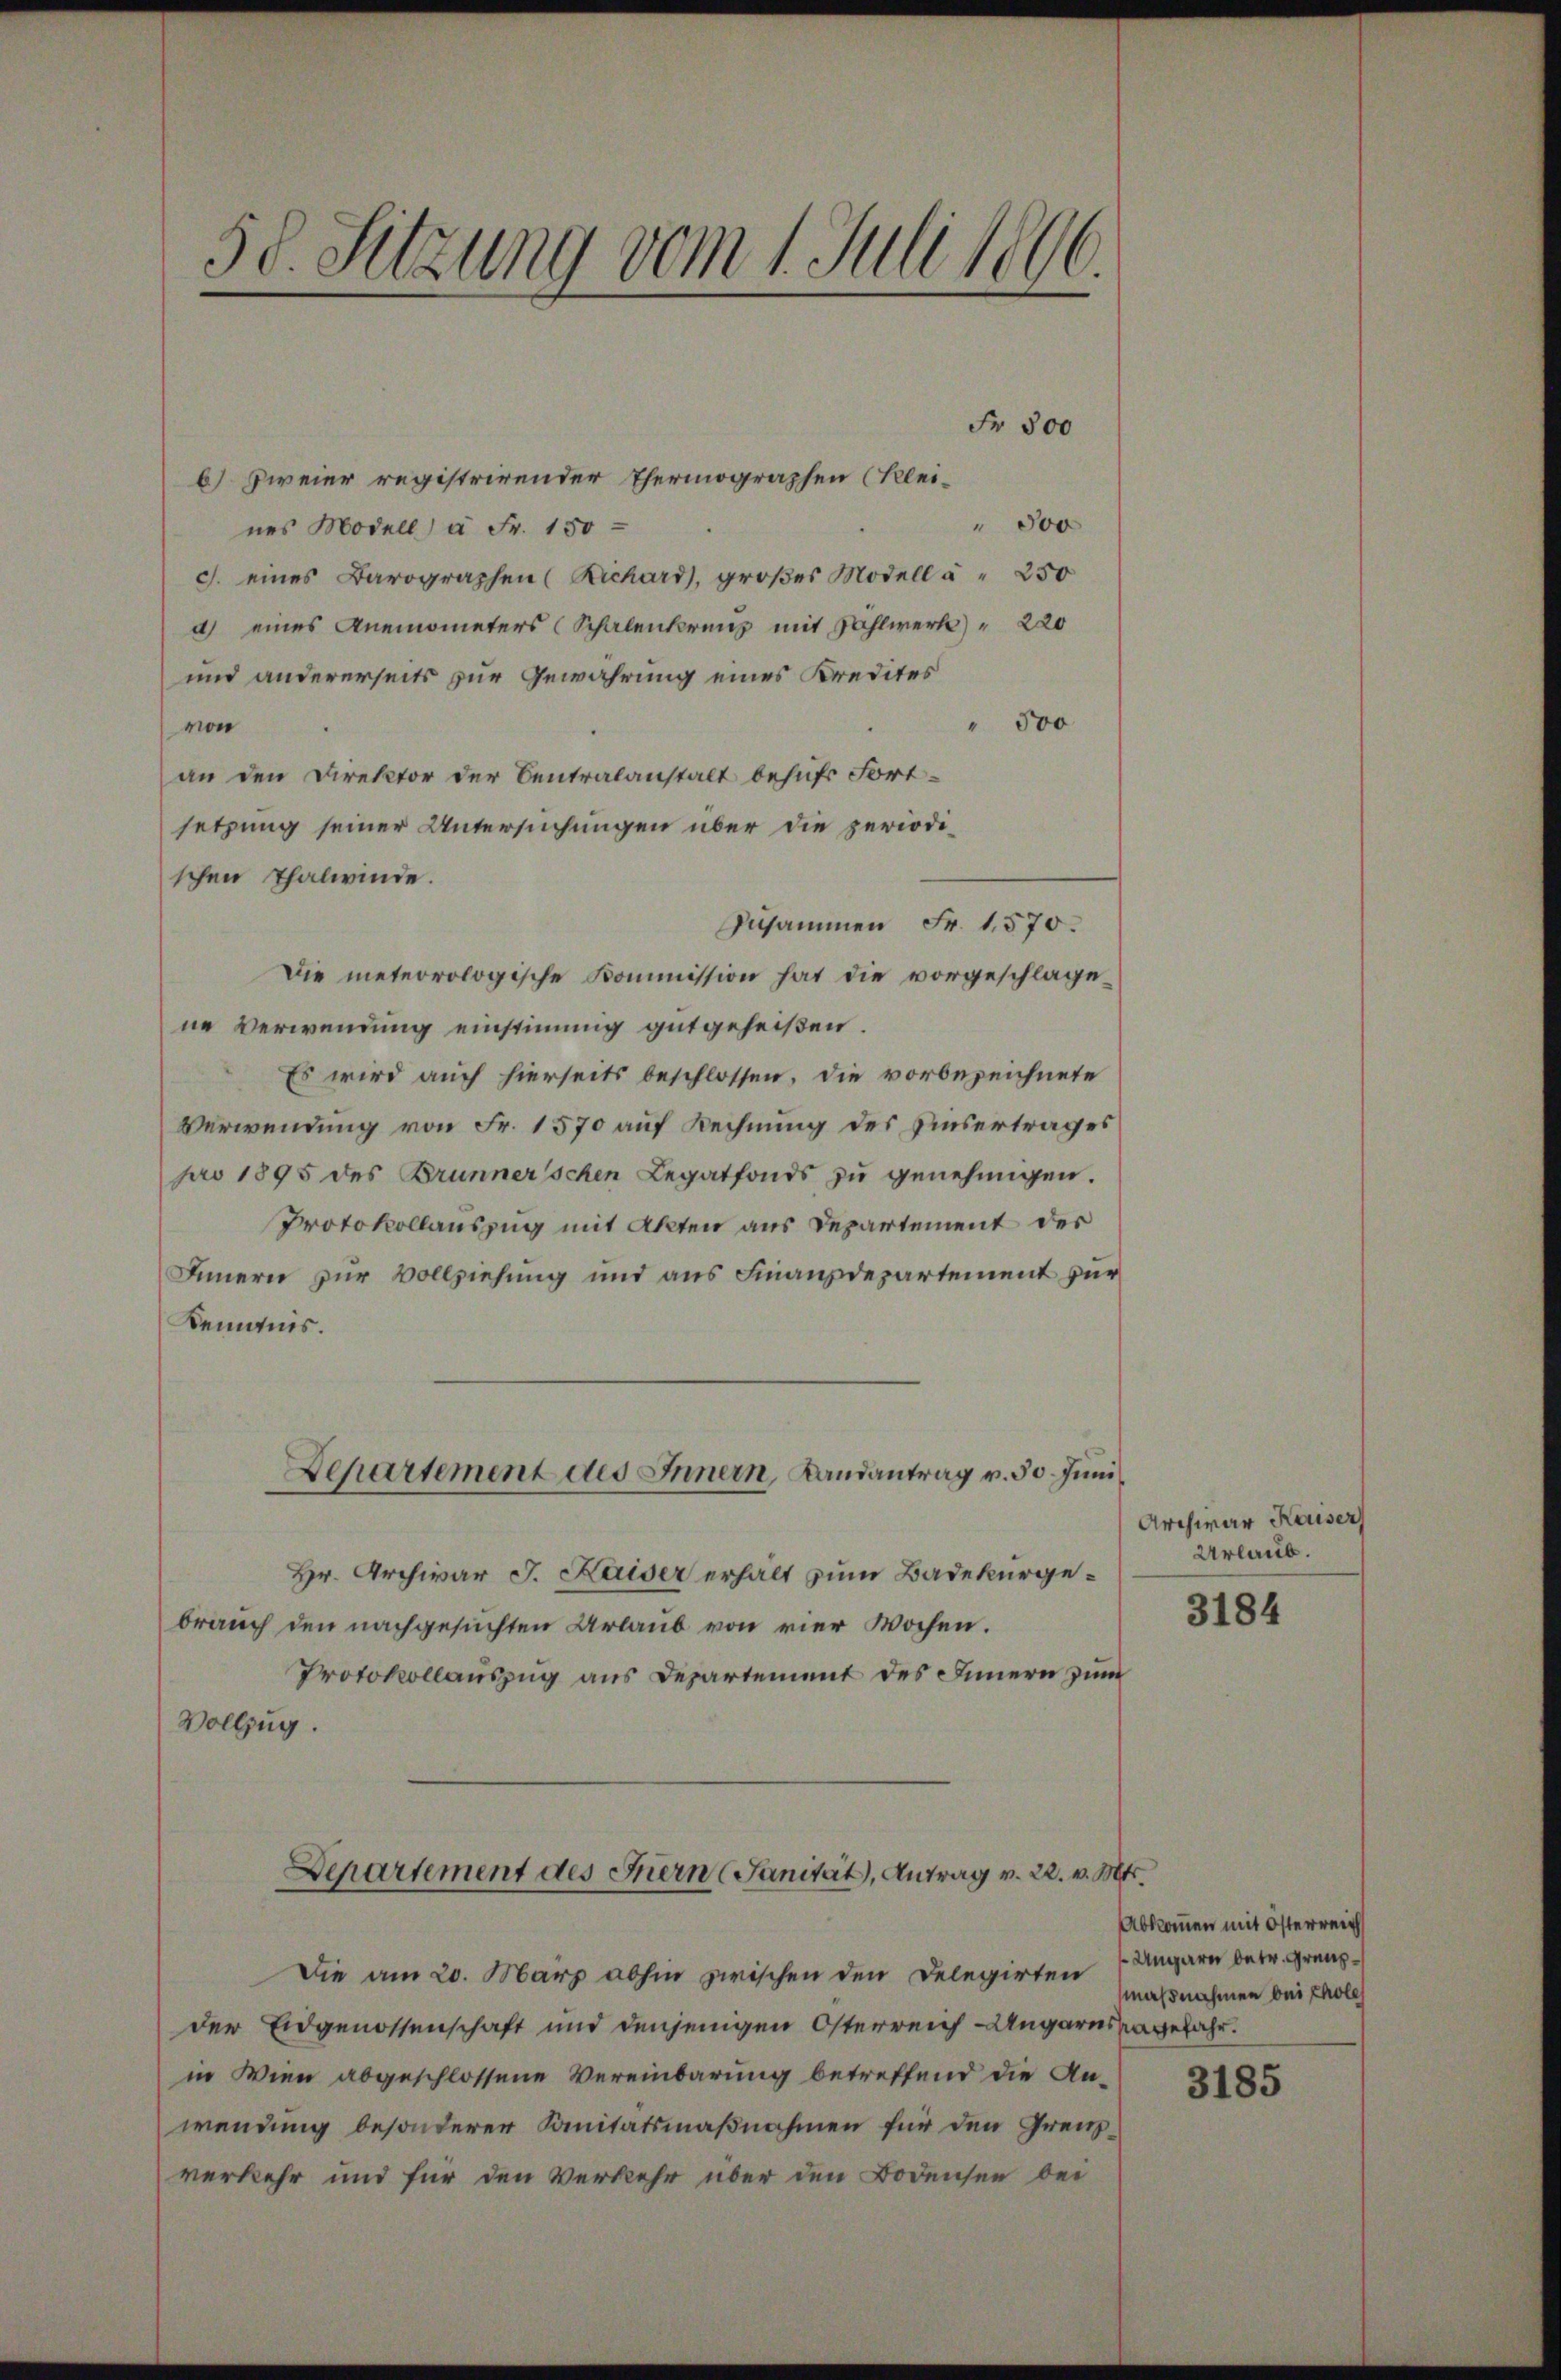
58. Sitzung vom 1. Juli 1896.

Fr. 500
6) zweier registrirender Thermographen (Klei-
" 300
nes Modell à Fr. 150
c. eines Barographen (Richard, großes Modell à " 250
d) eines Anemometers (Schalenkreuz mit Zählwerk " 220
und andererseits zur Gewährung eines Kredites
" 500
von
an den Direktor der Centralanstalt behufs Fort-
setzung seiner Untersuchungen über die periodi-
schen Thalwinde.
Zusammen Fr. 1570.
Die meteorologische Kommission hat die vorgeschlage-
ne Verwendung einstimmig gutgeheißen.
Es wird auch hierseits beschlossen, die vorbezeichnete
Verwendung von Fr. 1570 auf Rechnung des Ausertrages
pro 1895 des Brunnerschen Legatfonds zu genehmigen.
Protokollauszug mit Akten aus Departement des
Innern zur Vollziehung und aus Finanzdepartement zur
Kemnis.
Departement des Innern, Landantrag v. 30. Juni
Hr. Archivar J. Kaiser erhält zum Badekurgebrauch den nachgesuchten Urlaub von vier Wochen.
Protokollauszug aus Departement des Innern zum
Vollzug.
Departement des Inern Sanität, Antrag v. 22. v. Mts.
Die am 20. März abhin zwischen den Delegirten
der Eidgenossenschaft und denjenigen Osterreich-Ungarnsangefahr.
in Wien abgeschlossene Vereinbarung betreffend die Anwendung besonderer Sanitätsmaßnahmen für den Grenzverkehr und für den Verkehr über den Bodensee bei

Archivar Kaiser
Urlaub.

3184

Abkommen mit Österreich
Ungarn betr. Grenzmaßnahmen bei Chole

3185